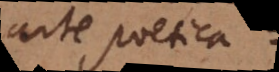
Arte poetica